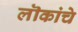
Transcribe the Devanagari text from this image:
लॊकांचे